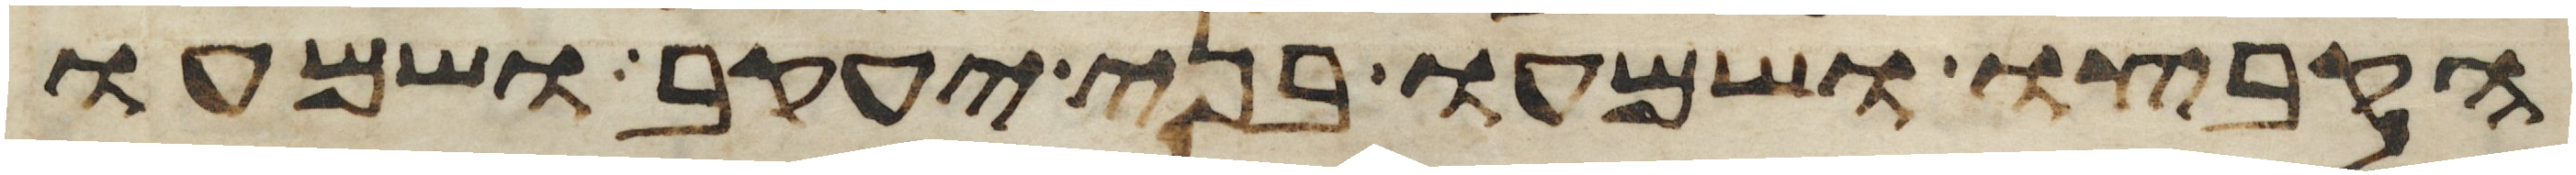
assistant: הקבצו ושמעו בני יעקב ושמעו